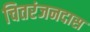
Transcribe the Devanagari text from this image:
चितरंजनदास